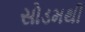
સોડમથી